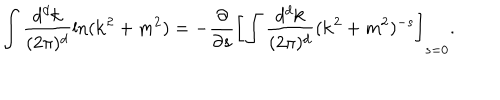
\int \frac { d ^ { d } { \bf k } } { ( 2 \pi ) ^ { d } } \ln ( { \bf k } ^ { 2 } + m ^ { 2 } ) = - \frac { \partial } { \partial s } \left[ \int \frac { d ^ { d } { \bf k } } { ( 2 \pi ) ^ { d } } ( { \bf k } ^ { 2 } + m ^ { 2 } ) ^ { - s } \right] _ { s = 0 } .